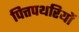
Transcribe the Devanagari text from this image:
पित्तपथरियों